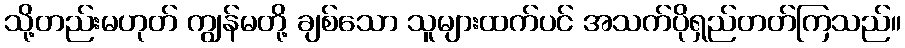
သို့တည်းမဟုတ် ကျွန်မတို့ ချစ်သော သူများထက်ပင် အသက်ပိုရှည်တတ်ကြသည်။